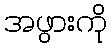
အဖွားကို